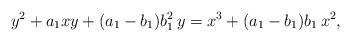
LaTeX: \begin{align*}y^2 + a_1xy +(a_1 - b_1)b_1^2\,y = x^3 + (a_1 - b_1)b_1\,x^2,\end{align*}